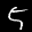
Label: 5